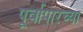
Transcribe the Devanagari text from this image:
पूर्वापारच्या